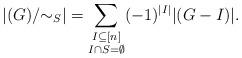
LaTeX: \begin{align*} |(G)/{\sim_S}|=\sum_{\substack{I\subseteq [n]\\I\cap S=\emptyset}}(-1)^{|I|}|(G-I)|.\end{align*}